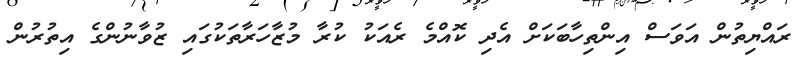
ރައްޔިތުން އަވަސް އިންތިހާބަކަށް އެދި ކޮއްމެ ރެއަކު ކުރާ މުޒާހަރާތަކުގައި ޒުވާނުންގެ އިތުރުން